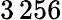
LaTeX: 3\, 256